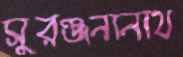
সুরঞ্জনানাথ